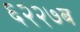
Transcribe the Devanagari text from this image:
६२२७ब